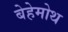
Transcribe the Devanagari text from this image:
बेहेमोथ